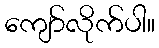
ကျော်လိုက်ပါ။